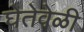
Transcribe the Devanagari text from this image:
घेतेवेळी